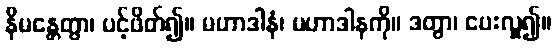
နိမန္တေတွာ၊ ပင့်ဖိတ်၍။ မဟာဒါနံ၊ မဟာဒါနကို။ ဒတွာ၊ ပေးလှူ၍။